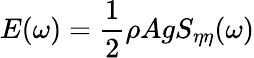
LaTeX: E(\omega)=\frac{1}{2}\rho AgS_{\eta\eta}(\omega)